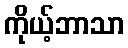
ကိုယ့်ဘာသာ